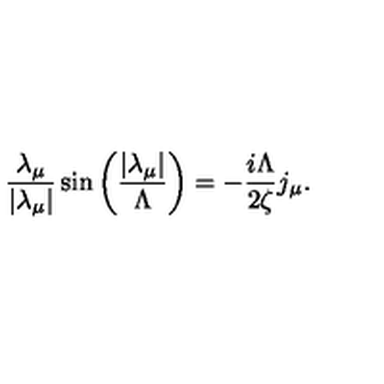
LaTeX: \frac { \lambda _ { \mu } } { \left| \lambda _ { \mu } \right| } \sin \left( \frac { \left| \lambda _ { \mu } \right| } { \Lambda } \right) = - \frac { i \Lambda } { 2 \zeta } j _ { \mu } .